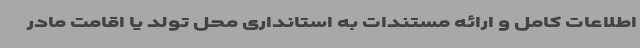
اطلاعات کامل و ارائه مستندات به استانداری محل تولد یا اقامت مادر